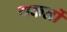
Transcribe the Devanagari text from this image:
चकतों